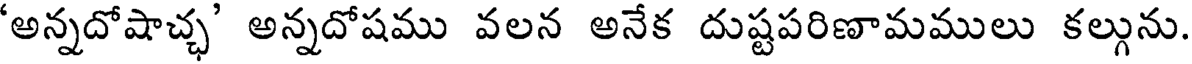
'అన్నదోషాచ్ఛ' అన్నదోషము వలన అనేక దుష్టపరిణామములు కల్గును